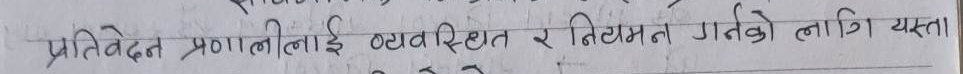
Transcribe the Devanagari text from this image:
प्रतिवेदन प्रणालीलाई व्यवस्थित र नियमित गर्नको लागि यस्ता